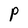
Character: P